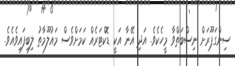
ސިންގަޕޫރަށް ނިސްބަތްވާ މީހެކެވެ. އަދި އޭނާ އަކީ ޑޮކްޓަރެއް ކަމަށްވެސް މައުލޫމާތު ލިބިފައިވެއެވެ.